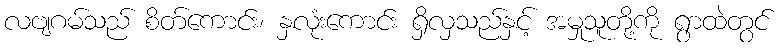
လဗျဂမ်သည် စိတ်ကောင်း၊ နှလုံးကောင်း ရှိလှသည်နှင့် အမှုသူတို့ကို ရွာထဲတွင်